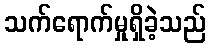
သက်ရောက်မှုရှိခဲ့သည်